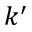
k ^ { \prime }